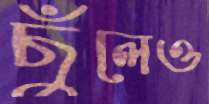
ছুঁলেও